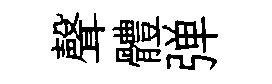
聲體弹